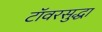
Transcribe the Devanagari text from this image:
टॉवरसुद्धा